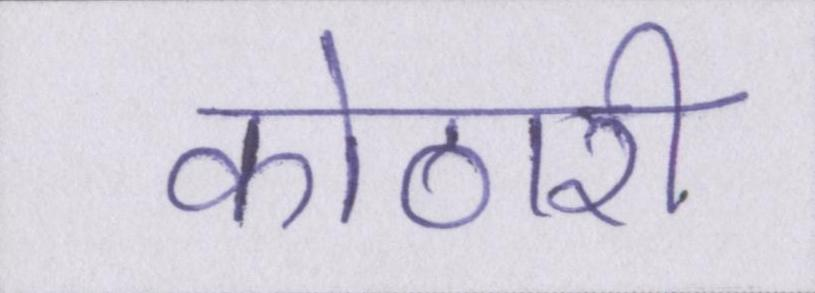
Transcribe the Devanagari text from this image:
कोठारी